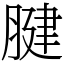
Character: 腱